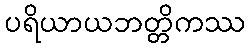
ပရိယာယဘတ္တိကဿ